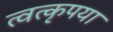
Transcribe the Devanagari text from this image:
त्वत्कृपया